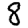
Digit: 8